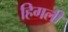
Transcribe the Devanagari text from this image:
हिगली